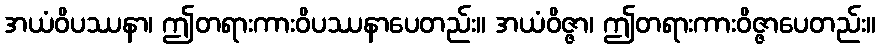
အယံဝိပဿနာ၊ ဤတရားကားဝိပဿနာပေတည်း။ အယံဝိဇ္ဇာ၊ ဤတရားကားဝိဇ္ဇာပေတည်း။